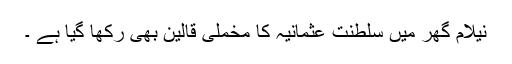
نیلام گھر میں سلطنت عثمانیہ کا مخملی قالین بھی رکھا گیا ہے ۔